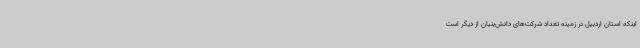
اینکه استان اردبیل در زمینه تعداد شرکت‌های دانش‌بنیان از دیگر است